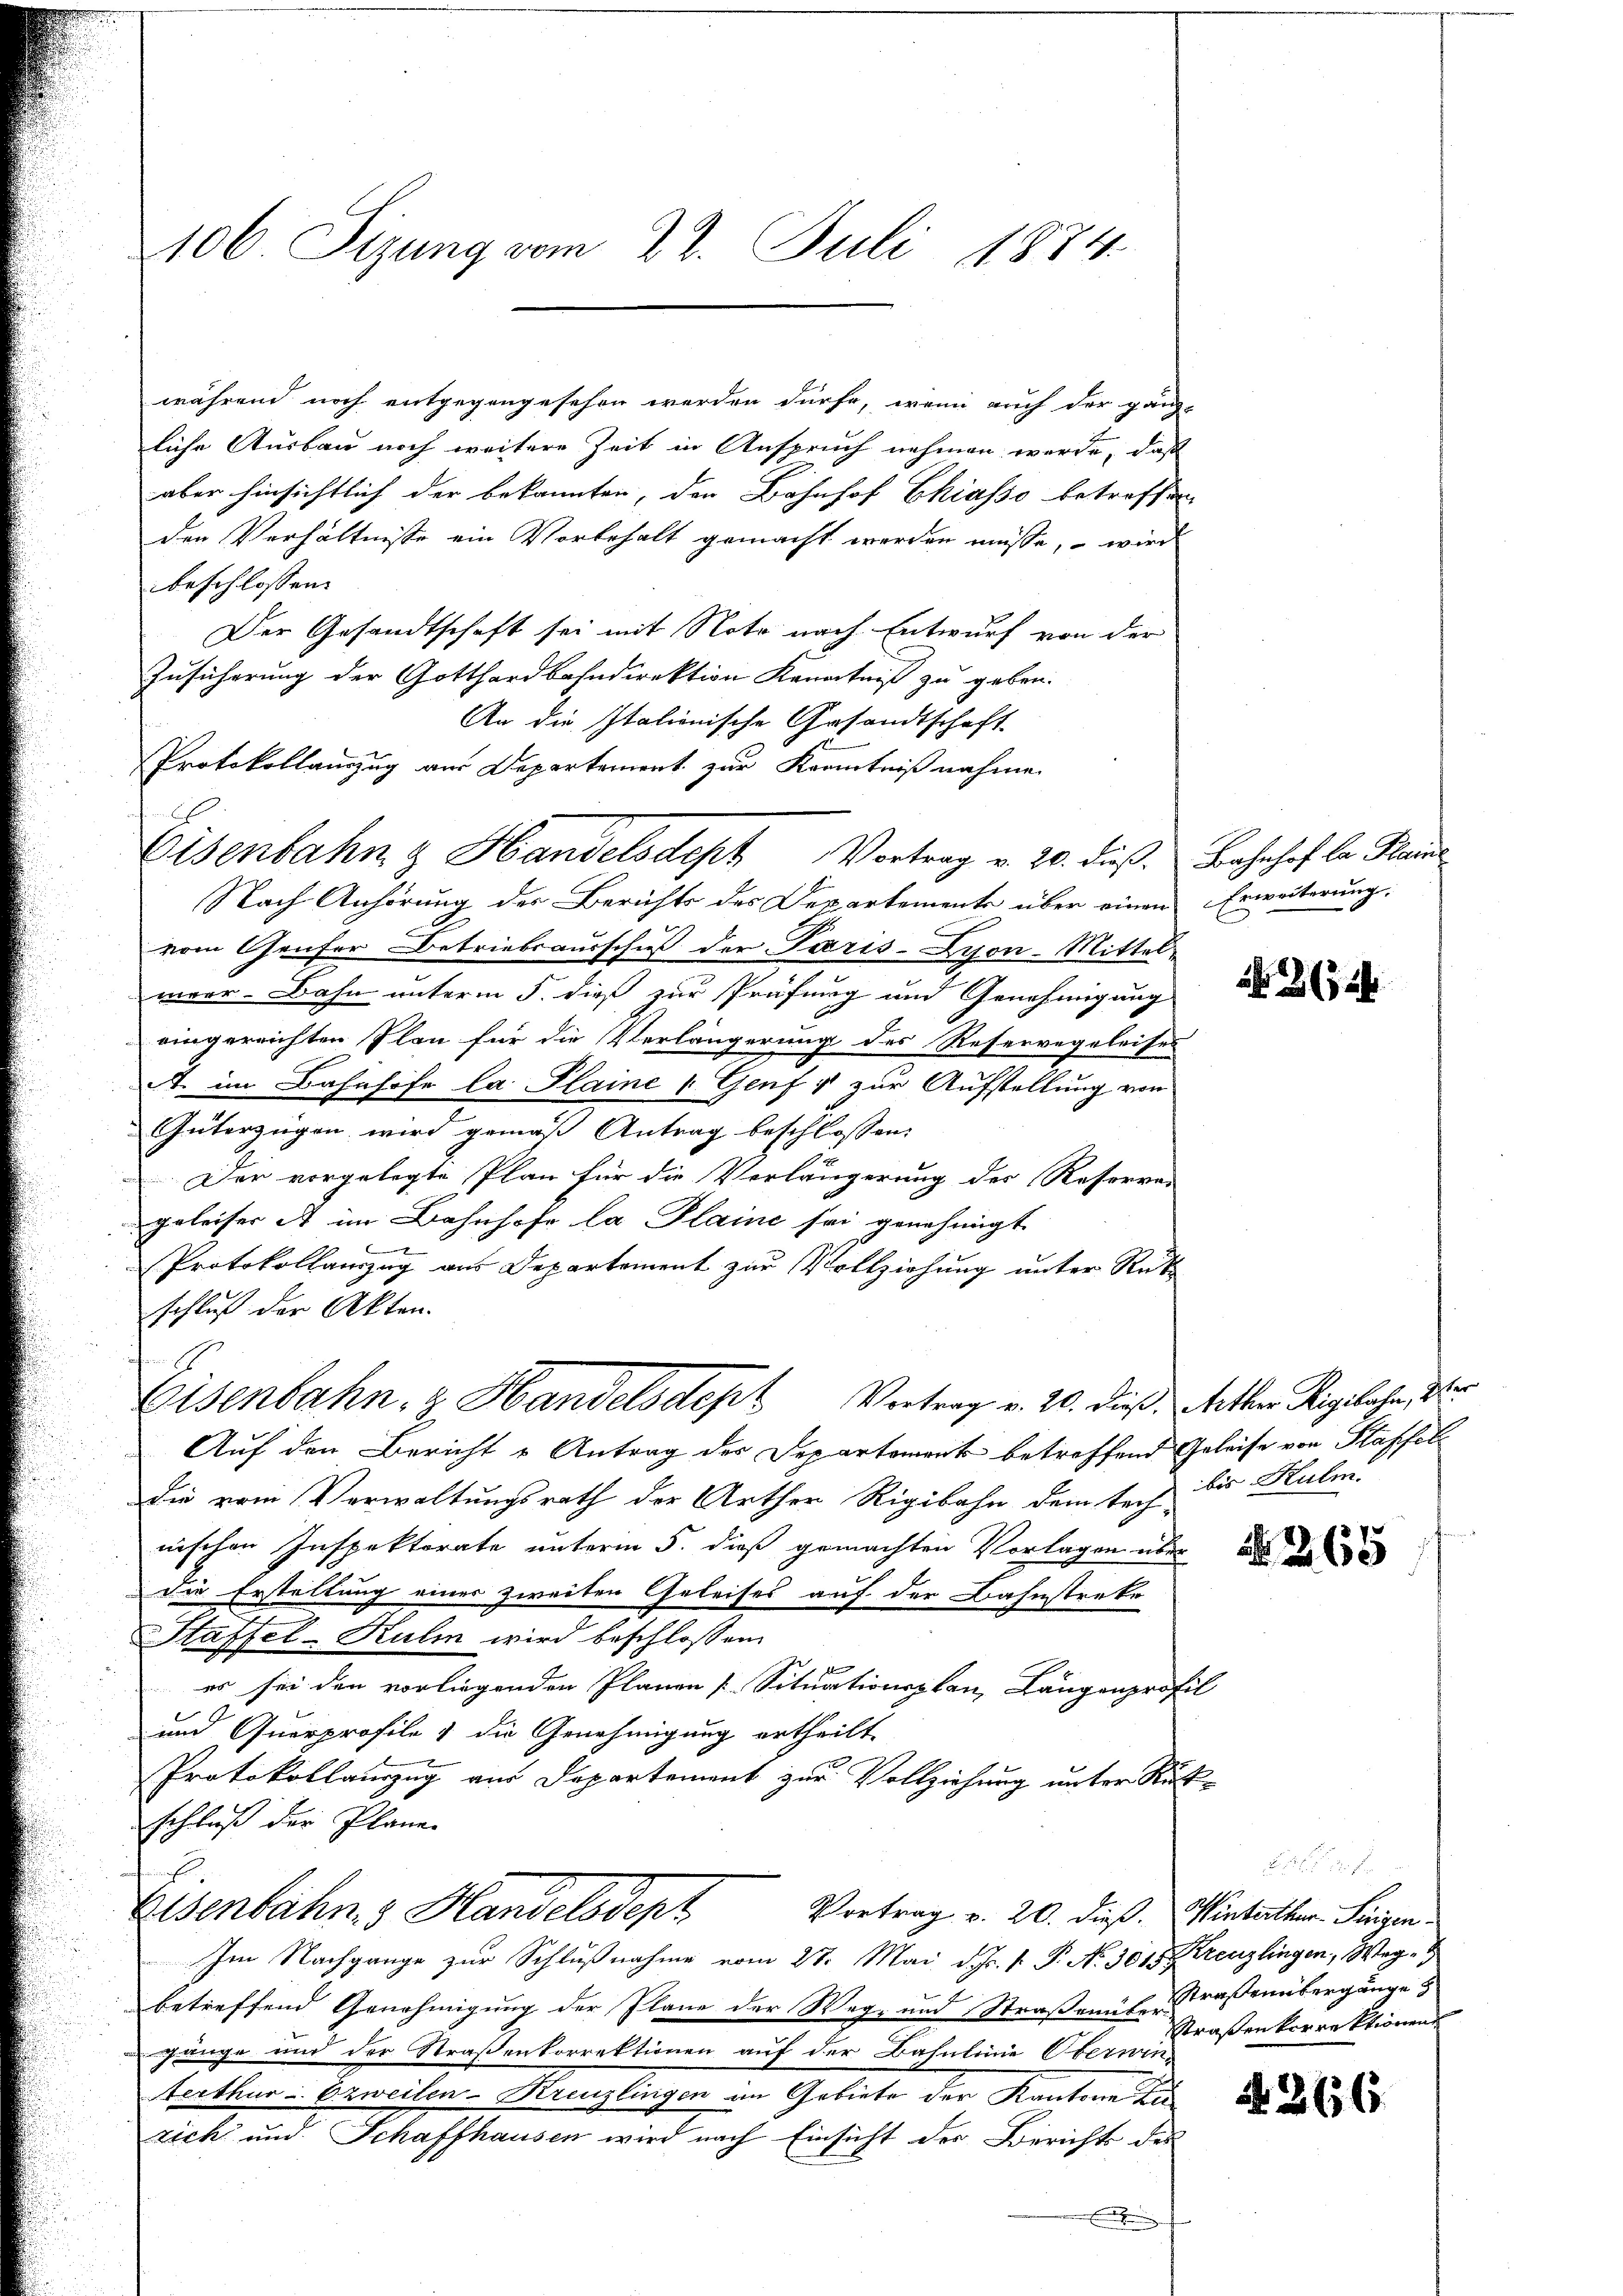
106. Sizung vom 22. Juli 1884

während noch entgegengesehen werden dürfe, wenn auch der gänz-
liche Ausbau noch weitere Zeit in Anspruch nehmen werde, daß
aber hinsichtlich der bekannten, den Bahnhof Chiasso betreffen
den Verhältnisse ein Vorbehalt gemacht werden müsse, – wird
beschlossen:
Der Gesandtschaft sei mit Note nach Entwurf von der
Zusicherung der Gotthardbahndirektion Kenntniß zu geben.
An die Italionische Gesandtschaft
Protokollauszug aus Departement zur Kenntnißnahme.
Nach Anhörung der Berichts des Departements über einen Erweiterung:
vom Genfer Betriebsausschuß der Paris-Zyon-Mittel-
meer-Bahn unterm 5. dieß zur Prüfung und Genehmigung
eingereichten Plan für die Verlängerung des Reservegeleises
A. im Bahnhofe la Plaine v. Genf g zur Aufstellung von
Güterzügen wird gemäß Antrag beschlossen:
Der vorgelegte Plan für die Verlängerung des Reservar
geleiser A im Bahnhofe la Plaine sei genehmigt
Protokollanzug aus Departement zur Vollziehung unter Rek
schluß der Akten.
n
Eisenbahn, z. Handelsdept Vortrag v. 20. dieß, Meter Rigibahn, der
Auf den Bericht u Antrag der Departement betreffend Geleise von Klassel
Die vom Verwaltungsrath der Arther Rigibahn dem tech bis Kulm.
nischen Inspektorate unterm 5. dieß gemachten Vorlagen über
die Erstellung einer zweiten Geleises auf der Bahnstreke
Staffel-Kulm wird beschlossen:
f
es sei den vorliegenden Planen [Situationsplan, Längenprofil
und Querprofile & die Genehmigung ertheilt.
Protokollauszug aus Departement zur Vollziehung unter Rückschluß der Plane.
Eisenbahn 3 Handelsdept
Vertrag v. 20. dieß. Winterthur Serigen
Im Nachgange zur Schlußnahme vom 27. Mai d. Js. v. P. N. 3018 Kreuzlingen, Weg-
betreffend Genehmigung der Plane der Weg- und Straßamit Straßenübergänge
gänge und der Straßenkorrektionen auf der Bahnlinie Oberwin
terthur zweilen-Kreuzlingen im Gebiete der Kantone zu
zick und Schaffhausen wird nach Einsicht der Berichts des
.

Eisenbahn & Handelsdept Vortrag v. 20. dieß. Bahnhof bei Kais

32

Nr. 265

Straßenkorrektionen

266